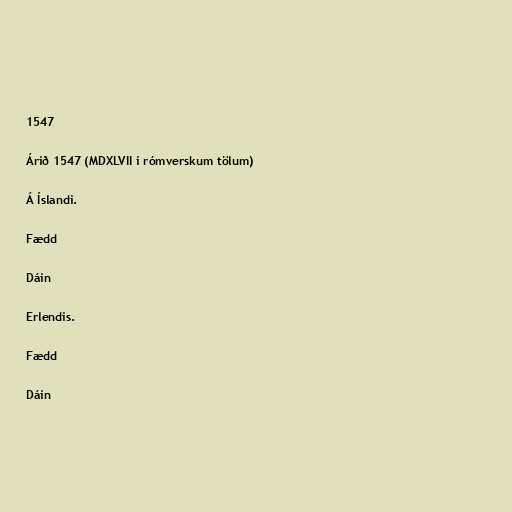
1547

Árið 1547 (MDXLVII í rómverskum tölum)

Á Íslandi.

Fædd

Dáin

Erlendis.

Fædd

Dáin